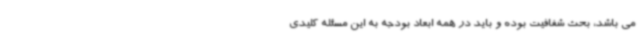
می باشد، بحث شفافیت بوده و باید در همه ابعاد بودجه به این مسئله کلیدی